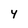
Character: Y